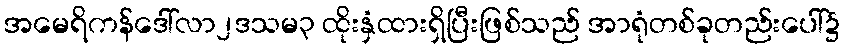
အမေရိကန်ဒေါ်လာ၂ဒသမ၃ ထိုးနှံထားရှိပြီးဖြစ်သည် အာရုံတစ်ခုတည်းပေါ်၌